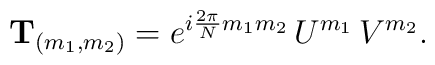
{\bf T}_{(m_1,m_2)}=e^{i{\frac{2\pi}{N}}m_1m_2}\,U^{m_1}\,V^{m_2}.